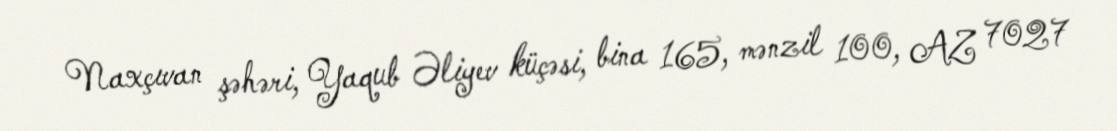
Naxçıvan şəhəri, Yaqub Əliyev küçəsi, bina 165, mənzil 100, AZ 7027